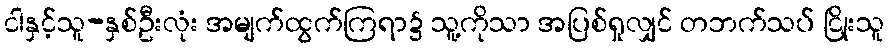
ငါနှင့်သူ-နှစ်ဦးလုံး အမျက်ထွက်ကြရာ၌ သူ့ကိုသာ အပြစ်ရှုလျှင် တဘက်သပ် ငြိုးသူ